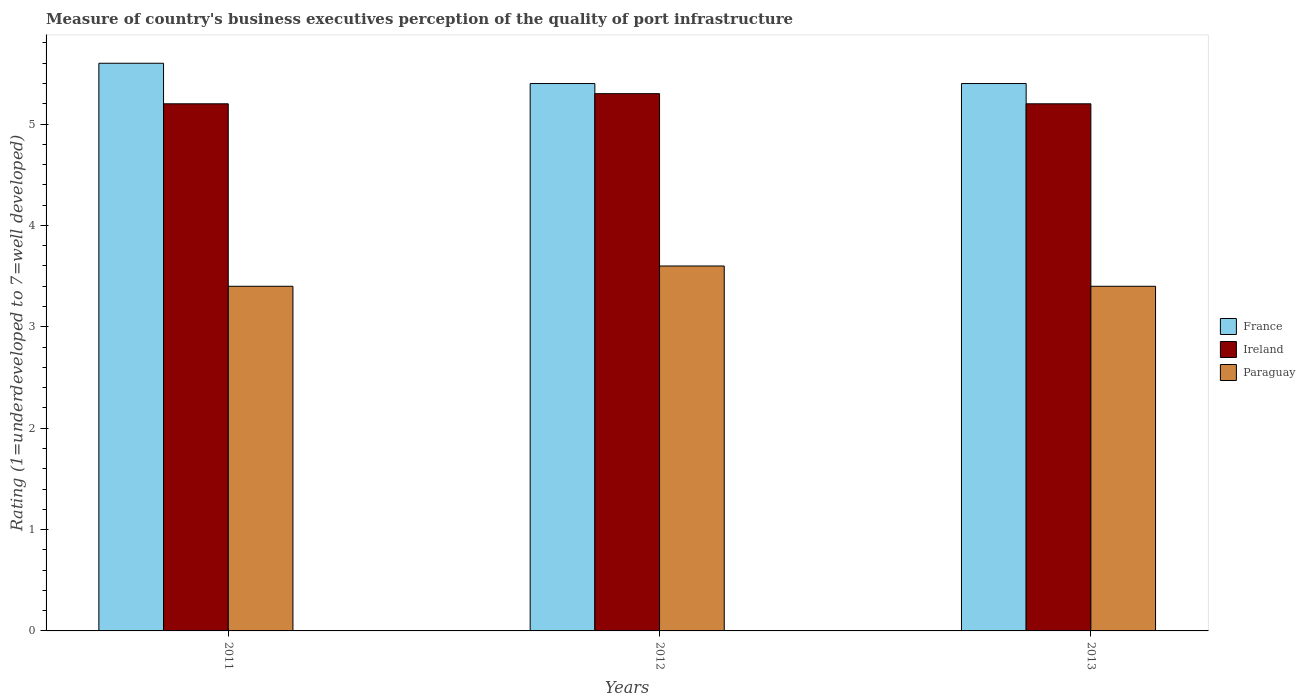
| Years | France | Ireland | Paraguay |
 | --- | --- | --- | --- |
 | 2011 | 5.6 | 5.2 | 3.4 |
 | 2012 | 5.4 | 5.3 | 3.6 |
 | 2013 | 5.4 | 5.2 | 3.4 |